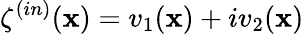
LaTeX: \zeta^{(in)}(\mathbf{x})=v_{1}(\mathbf{x})+iv_{2}(\mathbf{x})